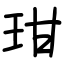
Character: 玵